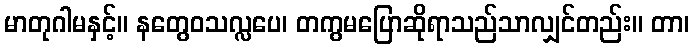
မာတုဂါမနှင့်။ နတွေဝသလ္လပေ၊ တကွမပြောဆိုရာသည်သာလျှင်တည်း။ တာ၊